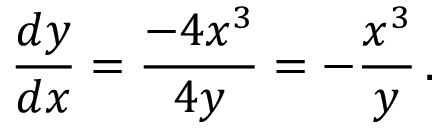
{ \frac { d y } { d x } } = { \frac { - 4 x ^ { 3 } } { 4 y } } = - { \frac { x ^ { 3 } } { y } } \, .